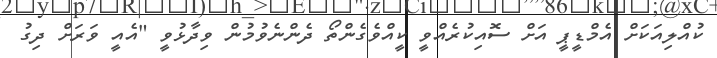
ކުއްލިއަކަށް އެމްޑީޕީ އަށް ސޮއިކުރެއްވީ ކީއްވެގެންތޯ ދެންނެވުމުން ވިދާޅުވީ "އެއީ ވަރަށް ދިގު